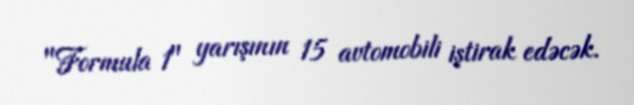
"Formula 1" yarışının 15 avtomobili iştirak edəcək.